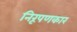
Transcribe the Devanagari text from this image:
निरूपणकार